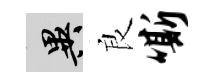
异良嘶